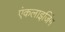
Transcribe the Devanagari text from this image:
एंकलाइजिंग